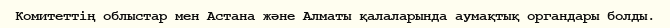
Комитеттің облыстар мен Астана және Алматы қалаларында аумақтық органдары болды.